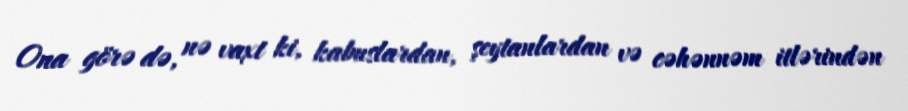
Ona görə də, nə vaxt ki, kabuslardan, şeytanlardan və cəhənnəm itlərindən